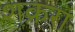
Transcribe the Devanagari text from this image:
शक्ररा